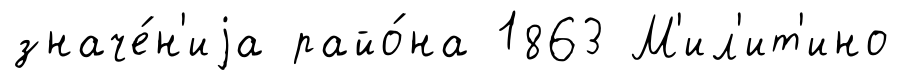
значе́н'иjа райо́на 1863 М'ил'ит'ино